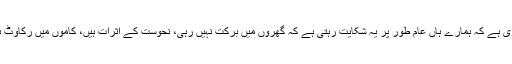
پھر گھر کے ماحول کو بہتر رکھنا ایک اور حوالہ سے بھی ضروری ہے کہ ہمارے ہاں عام طور پر یہ شکایت رہتی ہے کہ گھروں میں برکت نہیں رہی، نحوست کے اثرات ہیں، کاموں میں رکاوٹ ہے، رشتوں میں رکاوٹ ہے اور محبت و اعتماد کا ماحول نہیں رہا۔